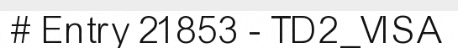
# Entry 21853 - TD2_VISA